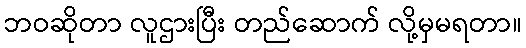
ဘဝဆိုတာ လူဌားပြီး တည်ဆောက် လို့မှမရတာ။